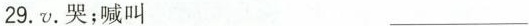
29.v. 哭；喊叫 ___